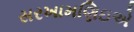
સરખામણિઇએ